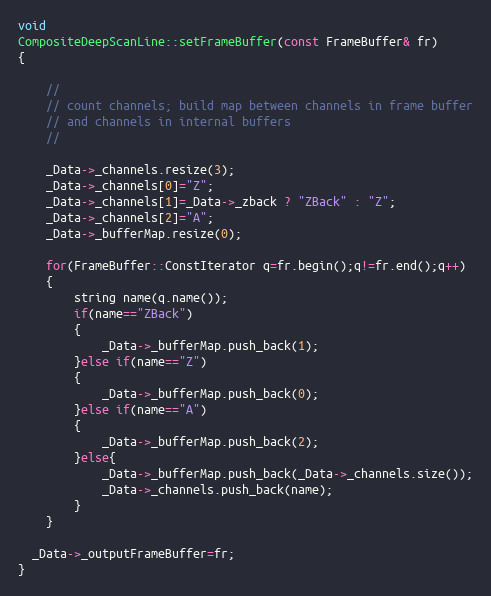
Language: C++
void
CompositeDeepScanLine::setFrameBuffer(const FrameBuffer& fr)
{

    //
    // count channels; build map between channels in frame buffer
    // and channels in internal buffers
    //

    _Data->_channels.resize(3);
    _Data->_channels[0]="Z";
    _Data->_channels[1]=_Data->_zback ? "ZBack" : "Z";
    _Data->_channels[2]="A";
    _Data->_bufferMap.resize(0);

    for(FrameBuffer::ConstIterator q=fr.begin();q!=fr.end();q++)
    {
        string name(q.name());
        if(name=="ZBack")
        {
            _Data->_bufferMap.push_back(1);
        }else if(name=="Z")
        {
            _Data->_bufferMap.push_back(0);
        }else if(name=="A")
        {
            _Data->_bufferMap.push_back(2);
        }else{
            _Data->_bufferMap.push_back(_Data->_channels.size());
            _Data->_channels.push_back(name);
        }
    }

  _Data->_outputFrameBuffer=fr;
}